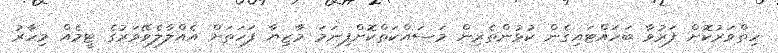
ހިތްވަރުކޮށް ފަރުވާ ބަހައްޓައިގެން ކުޅުންތެރިން މަސައްކަތްކޮށްފިނަމަ މާޒިޔާ ފަހަތަށް އެއްލާލެވޭވަރުގެ ޓީމެއް މިހާރު